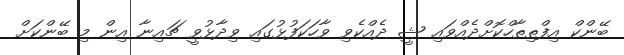
ބޭންކް އިފްތިތާހްކޮށްދެއްވައި ޝީ ދެއްކެވި ވާހަކަފުޅުގައި ވިދާޅުވީ ޗައިނާ އިން މި ބޭންކަށް